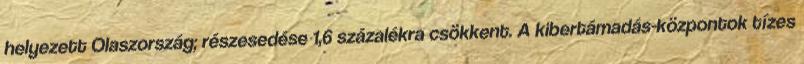
helyezett Olaszország; részesedése 1,6 százalékra csökkent. A kibertámadás-központok tízes